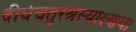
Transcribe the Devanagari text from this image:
दीर्घचतुरश्रस्याक्ष्णया